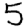
Digit: 5